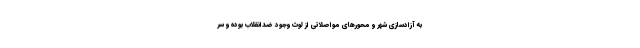
به آزادسازی شهر و محورهای مواصلاتی از لوث وجود ضدانقلاب بوده و سر